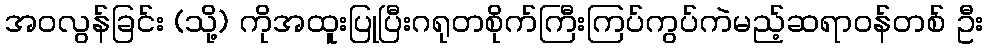
အဝလွန်ခြင်း (သို့) ကိုအထူးပြုပြီးဂရုတစိုက်ကြီးကြပ်ကွပ်ကဲမည့်ဆရာဝန်တစ် ဦး